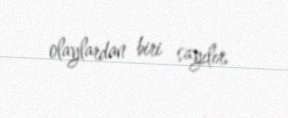
olaylardan biri sayılır.